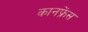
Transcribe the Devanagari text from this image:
कानफ्रेंस